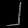
Digit: ၂